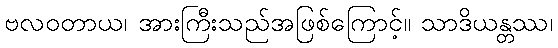
ဗလဝတာယ၊ အားကြီးသည်အဖြစ်ကြောင့်။ သာဒိယန္တဿ၊